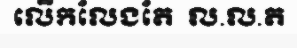
លើកលែងតែ  ល.ល.ត